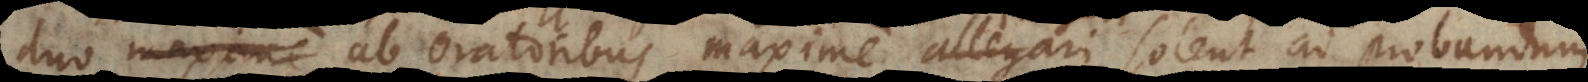
duo ab oratoribus maxime urgeri solent ad probandum